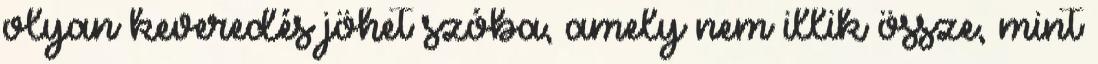
olyan keveredés jöhet szóba, amely nem illik össze, mint